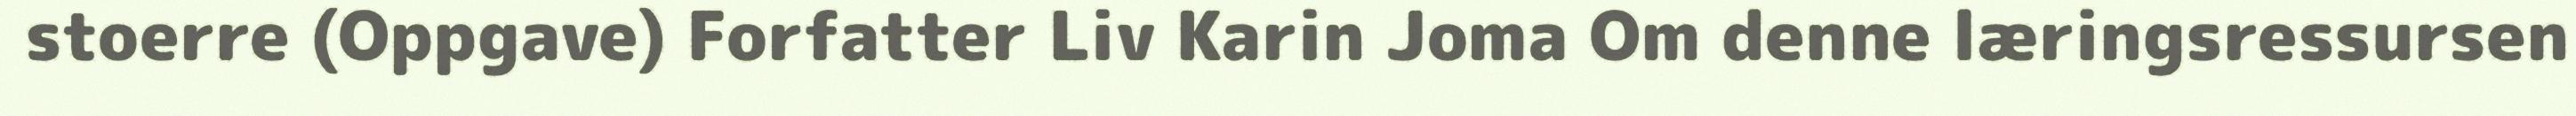
stoerre (Oppgave) Forfatter Liv Karin Joma Om denne læringsressursen